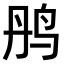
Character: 𫛝